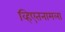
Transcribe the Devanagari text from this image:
व्हिएतनामला